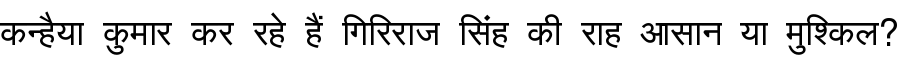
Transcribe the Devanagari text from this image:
कन्हैया कुमार कर रहे हैं गिरिराज सिंह की राह आसान या मुश्किल?